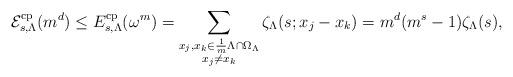
LaTeX: \begin{align*} \mathcal{E}_{s,\Lambda}^{\rm cp}(m^d)\leq E_{s,\Lambda}^{\rm cp}(\omega^m)=\sum_{\substack{x_j,x_k\in \frac{1}{m}\Lambda\cap\Omega_\Lambda\\x_j\neq x_k}}\zeta_\Lambda(s;x_j-x_k)=m^d(m^s-1)\zeta_\Lambda(s), \end{align*}